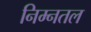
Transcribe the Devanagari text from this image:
निम्नतल